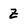
Character: Z